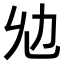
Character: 𠠷